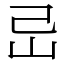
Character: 㞯